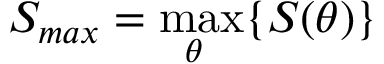
S _ { m a x } = \operatorname* { m a x } _ { \theta \ } \{ S ( \theta ) \}